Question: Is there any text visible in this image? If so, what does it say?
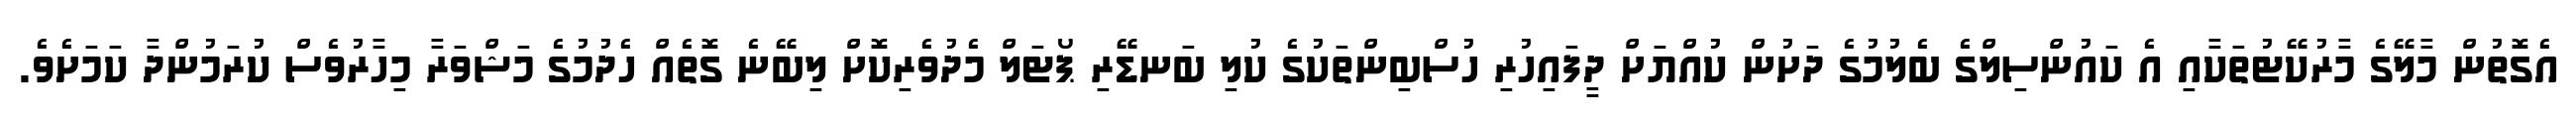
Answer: އެގޮތުން މާލޭގެ މާރުކޭޓުތަކާއި އެ ކައުންސިލްގެ ބެލުމުގެ ދަށުން ކުއްޔަށް ދީފައިހުރި ހުސްބިންތަކުގެ ކުލި ބަނޑޭރި ޕޯޓަލް މެދުވެރިކޮށް ލިބޭނެ ގޮތެއް ހެދުމުގެ މަޝްވަރާ މިހާރުވެސް ކުރަމުންދާ ކަމަށެވެ.